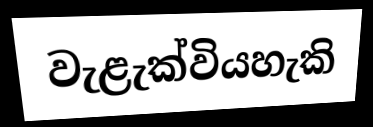
වැළැක්වියහැකි